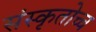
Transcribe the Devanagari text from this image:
संस्कृतोच्च